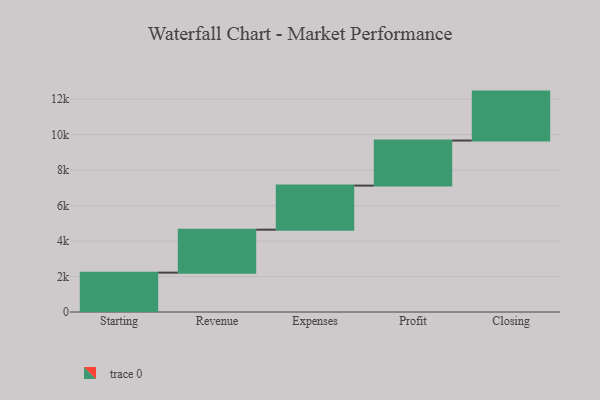
{"axis": {"x": "Step", "y": "Value"}, "legend": [""], "data": [{"x": "Starting", "y": 2220.0, "type": ""}, {"x": "Revenue", "y": 2423.0, "type": ""}, {"x": "Expenses", "y": 2486.0, "type": ""}, {"x": "Profit", "y": 2542.0, "type": ""}, {"x": "Closing", "y": 2760.0, "type": ""}]}